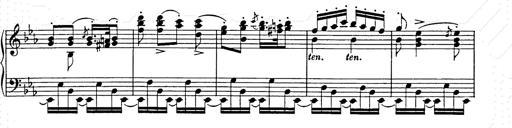
Title: Hungarian Rhapsody No.9
Composer: Franz Liszt
Key: E-flat major